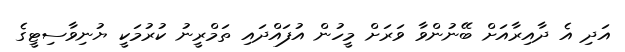
އަދި އެ ދާއިރާއަށް ބޭނުންވާ ވަރަށް މީހުން އުފައްދައި ތަމްރީނު ކުރުމަކީ ޔުނިވާސިޓީގެ